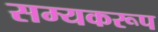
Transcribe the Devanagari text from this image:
सम्यकरूप